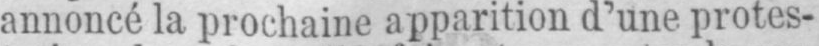
annoncé la prochaine apparition d’une protes-